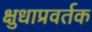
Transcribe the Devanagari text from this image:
क्षुधाप्रवर्तक